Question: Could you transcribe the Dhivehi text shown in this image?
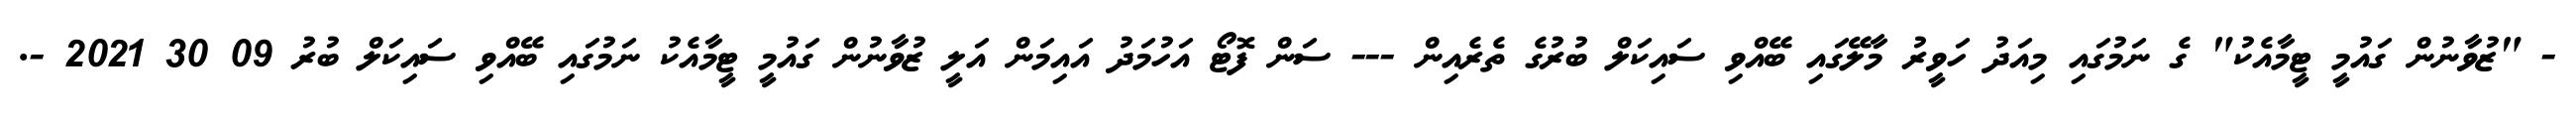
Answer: - "ޒުވާނުން ގައުމީ ޓީމާއެކު" ގެ ނަމުގައި މިއަދު ހަވީރު މާލޭގައި ބޭއްވި ސައިކަލް ބުރުގެ ތެރެއިން --- ސަން ފޮޓޯ އަހުމަދު އައިމަން އަލީ ޒުވާނުން ގައުމީ ޓީމާއެކު ނަމުގައި ބޭއްވި ސައިކަލް ބުރު 09 30 2021 -.